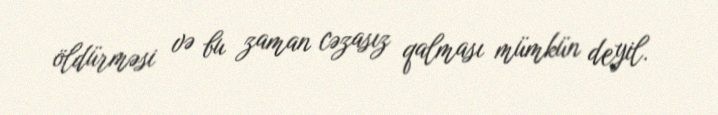
öldürməsi və bu zaman cəzasız qalması mümkün deyil.